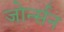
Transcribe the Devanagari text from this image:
जोर्न्सन